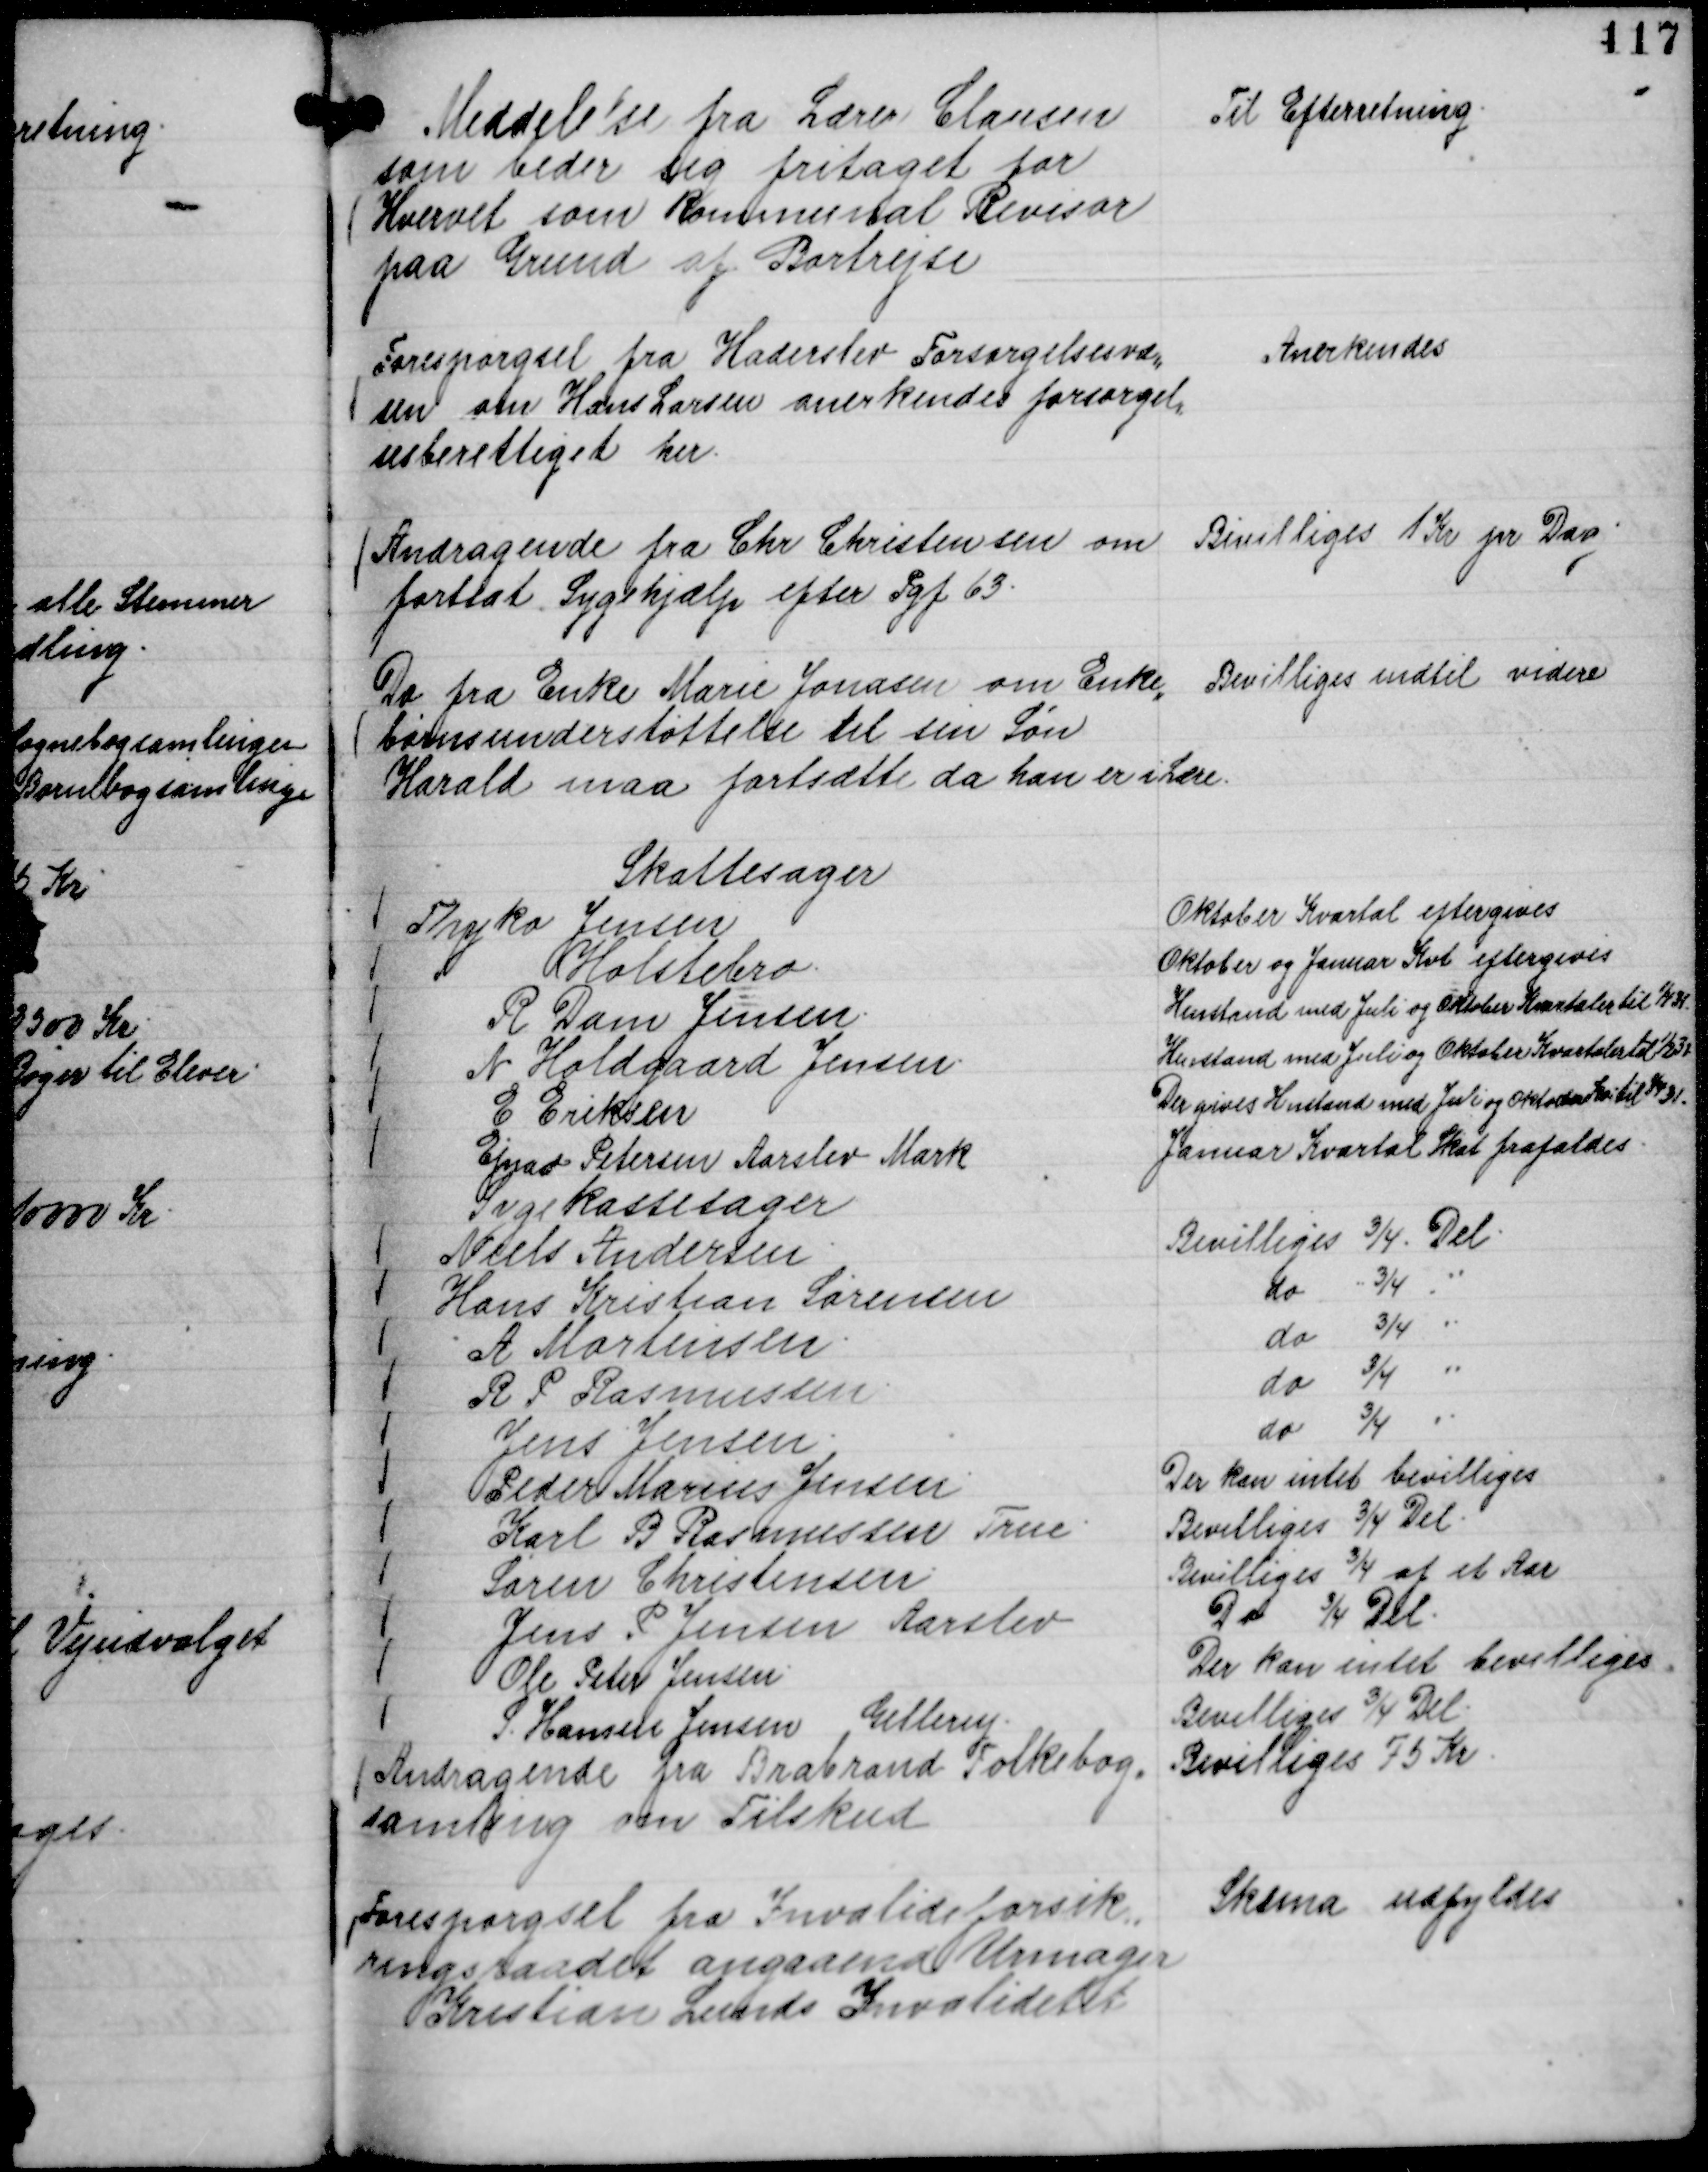
Transskription:
Meddelelse fra Lærer Clausen
som beder sig fritaget for
Hvervet som Kommunal Revisor
paa Grund af Bortrejse

Til Efterretning.

Forespørgsel fra Haderslev Forsørgelsesvæ,,
sen om Hans Larsen anerkendes forsørgel,,
sesberettiget her.

Anerkendes

Andragende fra Chr Christensen om
fortsat Sygehjælp efter Pgf 63.

Bevilliges 1 Kr pr Dag.

Do fra Enke Marie Jonasen om Enke,,
børnsunderstøttelse til sin Søn
Harald maa fortsætte da han er i Lære.

Bevilliges indtil videre

Skattesager
Thyko Jensen
Oktober Kvartal eftergives
Holstebro.
Oktober og Januar Kvt eftergives
R Dam Jensen.
Henstand med Juli og Oktober Kvartaler til

1/4 31.
N Holdgaard Jensen.
Henstand med Juli og Oktober Kvartaler til 1/2 32
E Eriksen
Der gives Henstand med Juli og Oktober Kv til 1/4 31.
Ejnar Petersen Aarslev Mark
Januar Kvartal Skat frafaldes.
Sygekassesager
Niels Andersen.
Bevilliges ¾ Del.
Hans Kristian Sørensen
do ¾ "
A Martinsen.
do ¾ "
R P Rasmussen.
do ¾ "
Jens Jensen.
do ¾ "
Peder Marius Jensen
Der kan intet bevilliges
Karl B Rasmussen True.
Bevilliges ¾ Del.
Søren Christensen.
Bevilliges ¾ af et Aar
Jens P Jensen Aarslev
Do ¾ Del.
Ole Peter Jensen.
Der kan intet bevilliges
S. Hansen Jensen Gellerup.
Bevilliges ¾ Del.

Andragende fra Brabrand Folkebog,,
samling om Tilskud

Bevilliges 75 Kr.

Forespørgsel fra Invalideforsik,,
ringsraadet angaaende Urmager
Kristian Lunds Invaliditet

Skema udfyldes